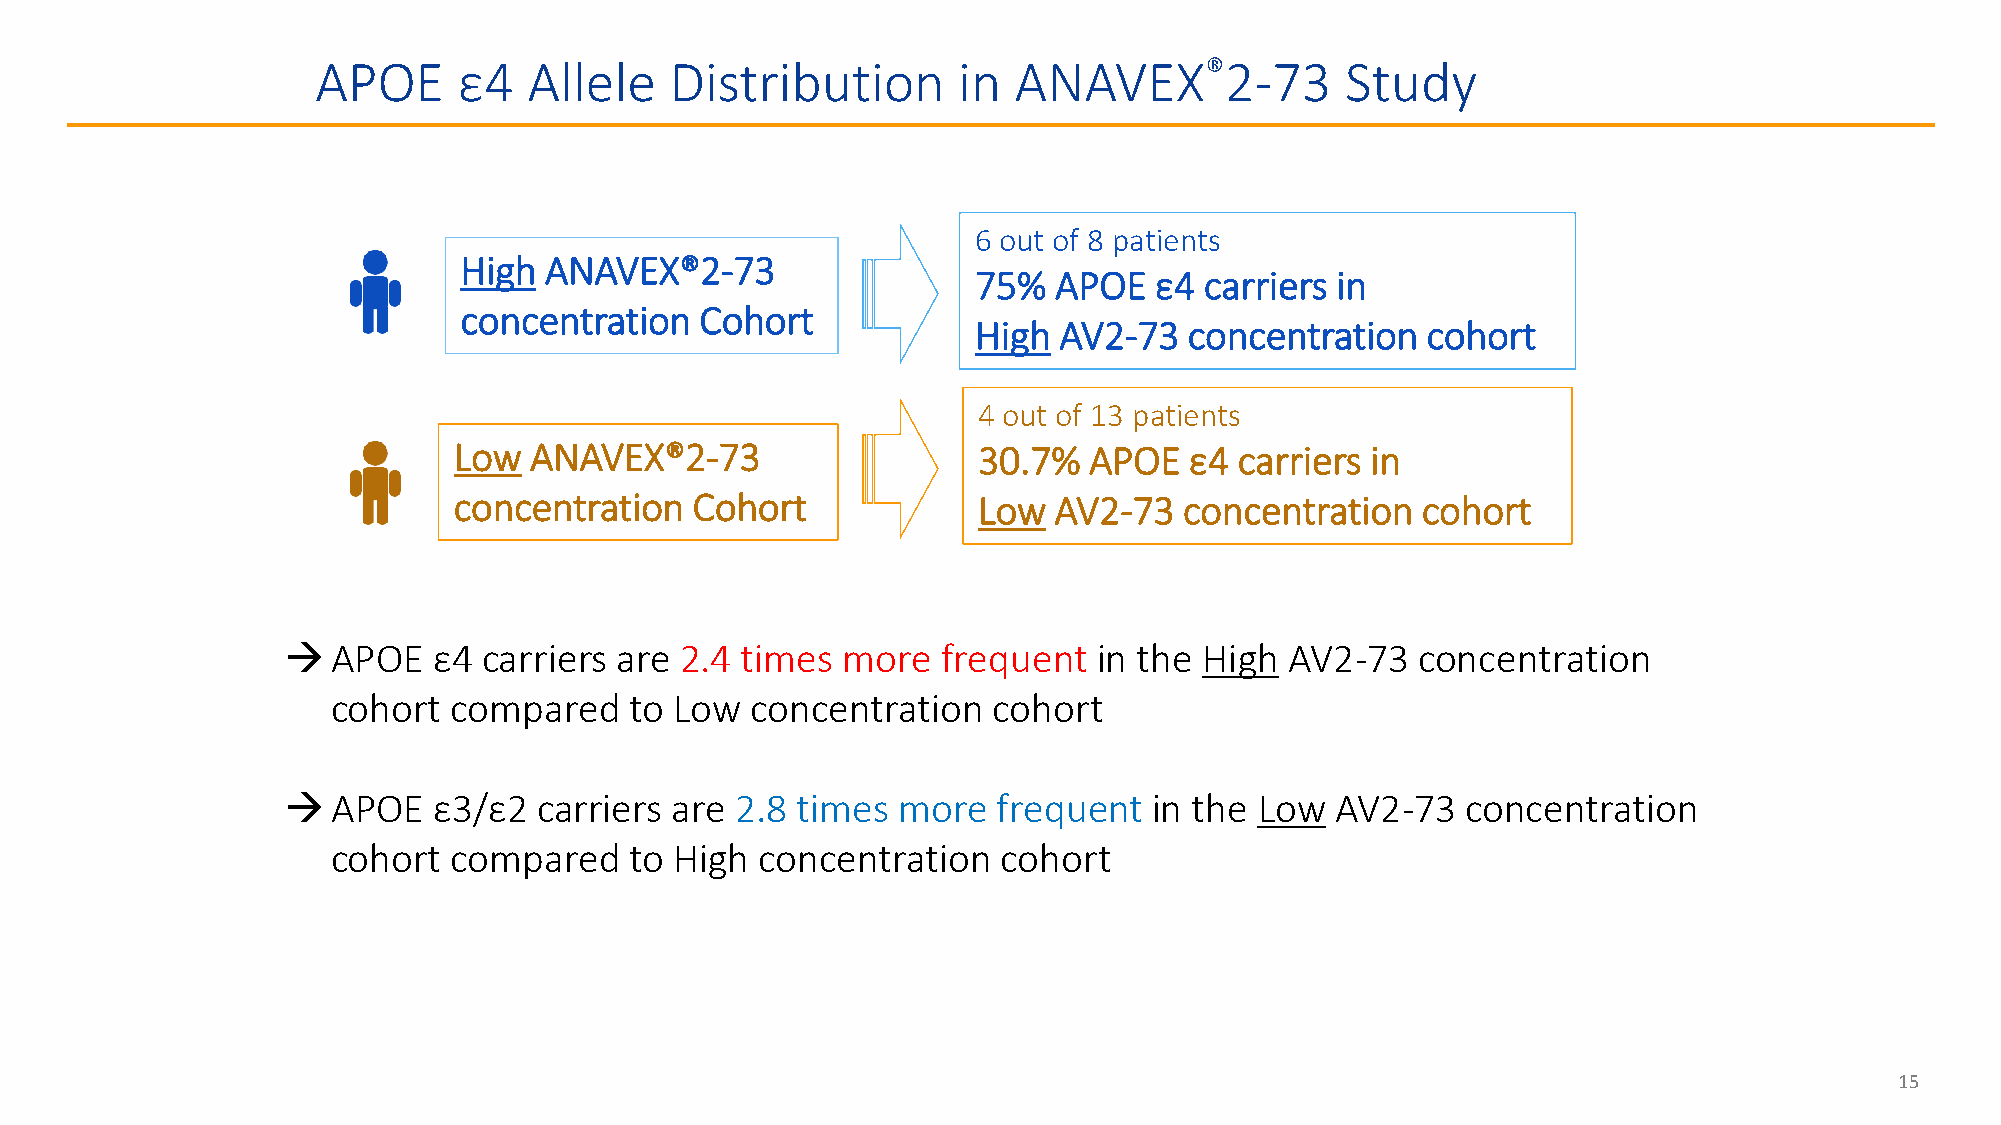
APOE     ε4   Allele   Distribution       in  ANAVEX®2-73           Study
 6 out of 8 patients
 High  ANAVEX®2-73
 75%  APOE  ε4  carriers in
 concentration   Cohort
 High AV2-73   concentration  cohort
 4 out of 13 patients
 Low  ANAVEX®2-73                   30.7%  APOE   ε4 carriers in
 concentration   Cohort             Low  AV2-73  concentration   cohort
 APOE     ε4 carriers are 2.4 times  more  frequent   in the High AV2-73   concentration
 cohort  compared    to Low  concentration   cohort
 APOE     ε3/ε2  carriers are 2.8 times more   frequent  in the Low  AV2-73   concentration
 cohort  compared    to High concentration   cohort
 15